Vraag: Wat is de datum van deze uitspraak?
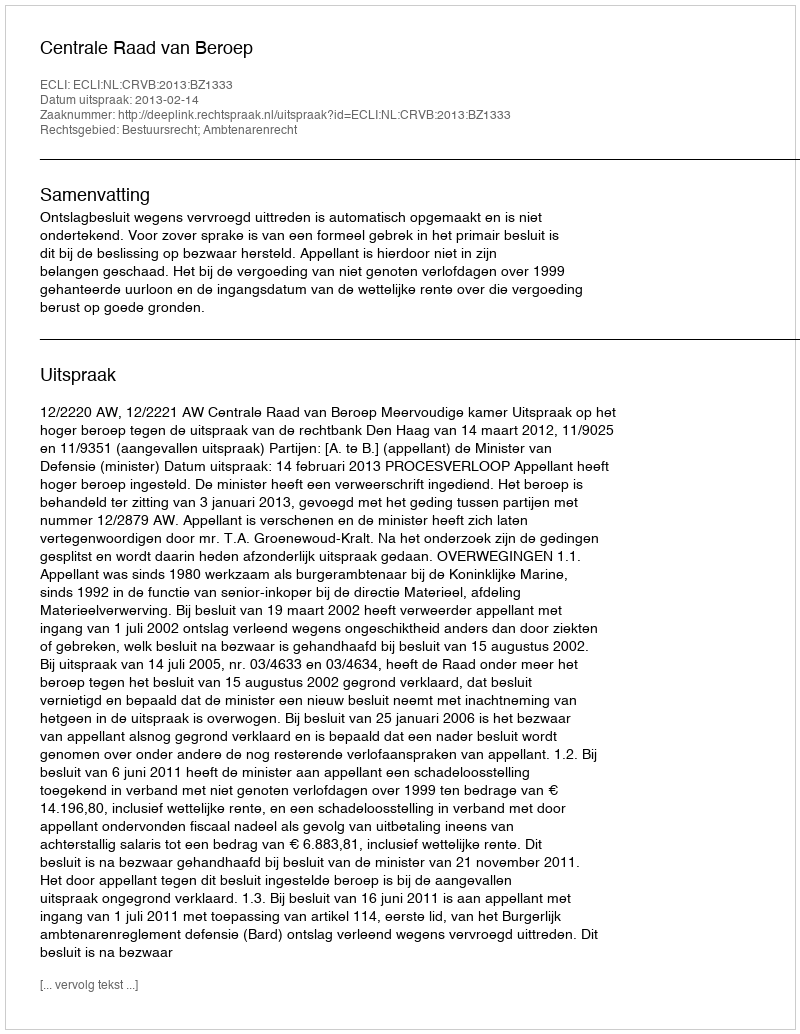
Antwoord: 2013-02-14